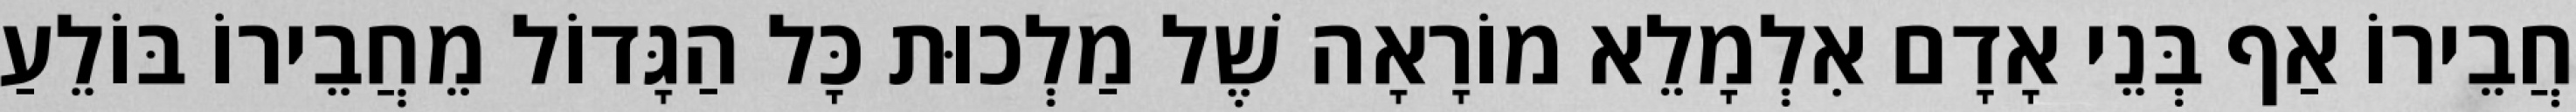
חֲבֵירוֹ אַף בְּנֵי אָדָם אִלְמָלֵא מוֹרָאָה שֶׁל מַלְכוּת כָּל הַגָּדוֹל מֵחֲבֵירוֹ בּוֹלֵעַ